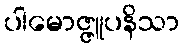
ပါမောဇ္ဇူပနိသာ